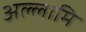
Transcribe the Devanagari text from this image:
अल्लामि